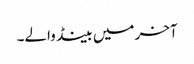
آخر میں بینڈ والے۔